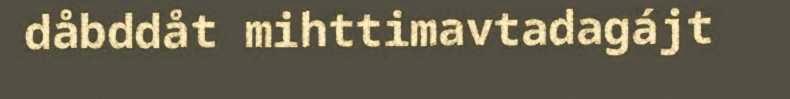
dåbddåt mihttimavtadagájt